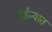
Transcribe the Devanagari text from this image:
मईन्यात